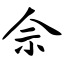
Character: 佘